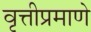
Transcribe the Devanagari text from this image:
वृत्तीप्रमाणे